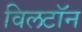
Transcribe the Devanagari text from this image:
विलटॉन